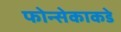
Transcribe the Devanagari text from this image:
फोन्सेकाकडे